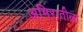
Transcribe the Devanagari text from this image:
अमिरातीला